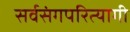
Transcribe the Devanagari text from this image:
सर्वसंगपरित्यागी